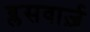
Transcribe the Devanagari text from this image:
ब्लसवार्ज़